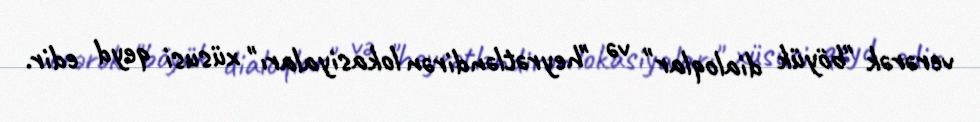
verərək "böyük dialoqlar" və "heyrətləndirən lokasiyaları" xüsusi qeyd edir.